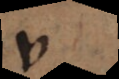
v